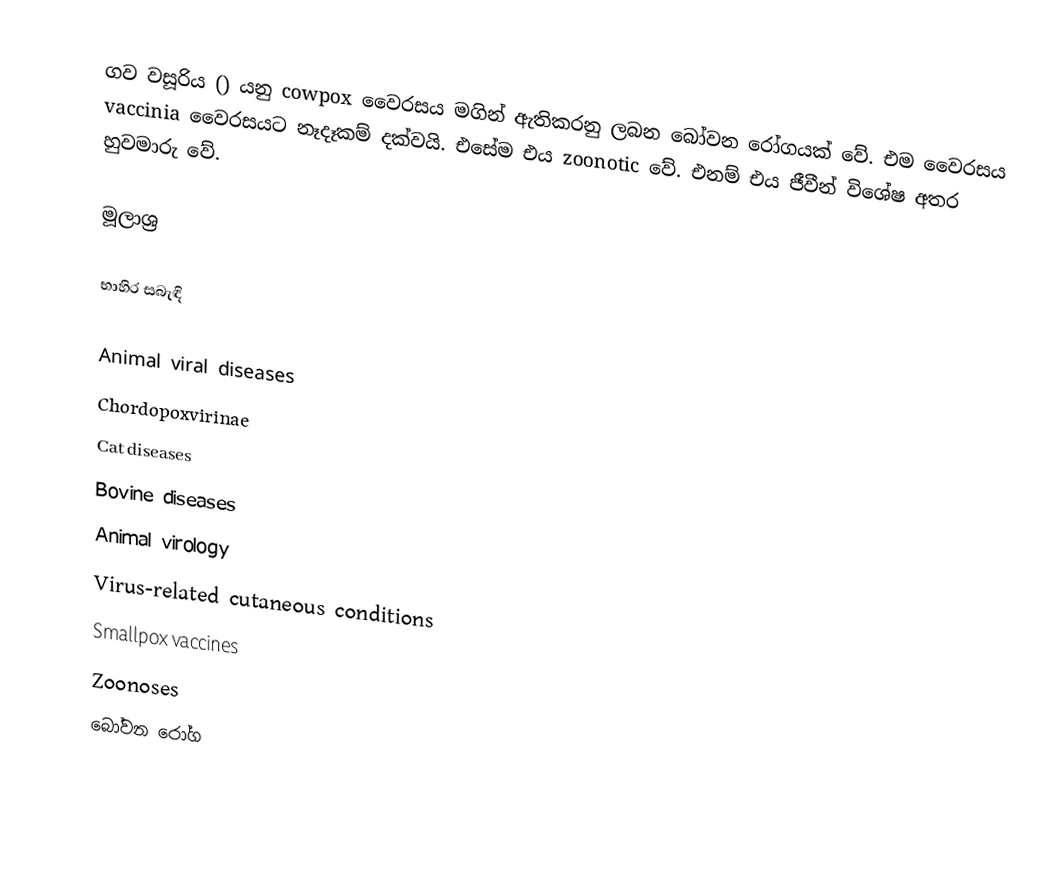
ගව වසූරිය () යනු cowpox වෛරසය මගින් ඇතිකරනු ලබන බෝවන රෝගයක් වේ. එම වෛරසය vaccinia වෛරසයට නෑදෑකම් දක්වයි. එසේම එය zoonotic වේ. එනම් එය ජීවීන් විශේෂ අතර හුවමාරු වේ.

මූලාශ්‍ර

භාහිර සබැඳි

Animal viral diseases
Chordopoxvirinae
Cat diseases
Bovine diseases
Animal virology
Virus-related cutaneous conditions
Smallpox vaccines
Zoonoses
බෝවන රෝග